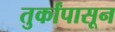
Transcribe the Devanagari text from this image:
तुर्कांपासून